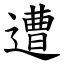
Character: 遭